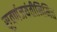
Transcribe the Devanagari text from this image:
सुवर्णजयंतीनिमित्त